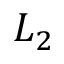
L _ { 2 }